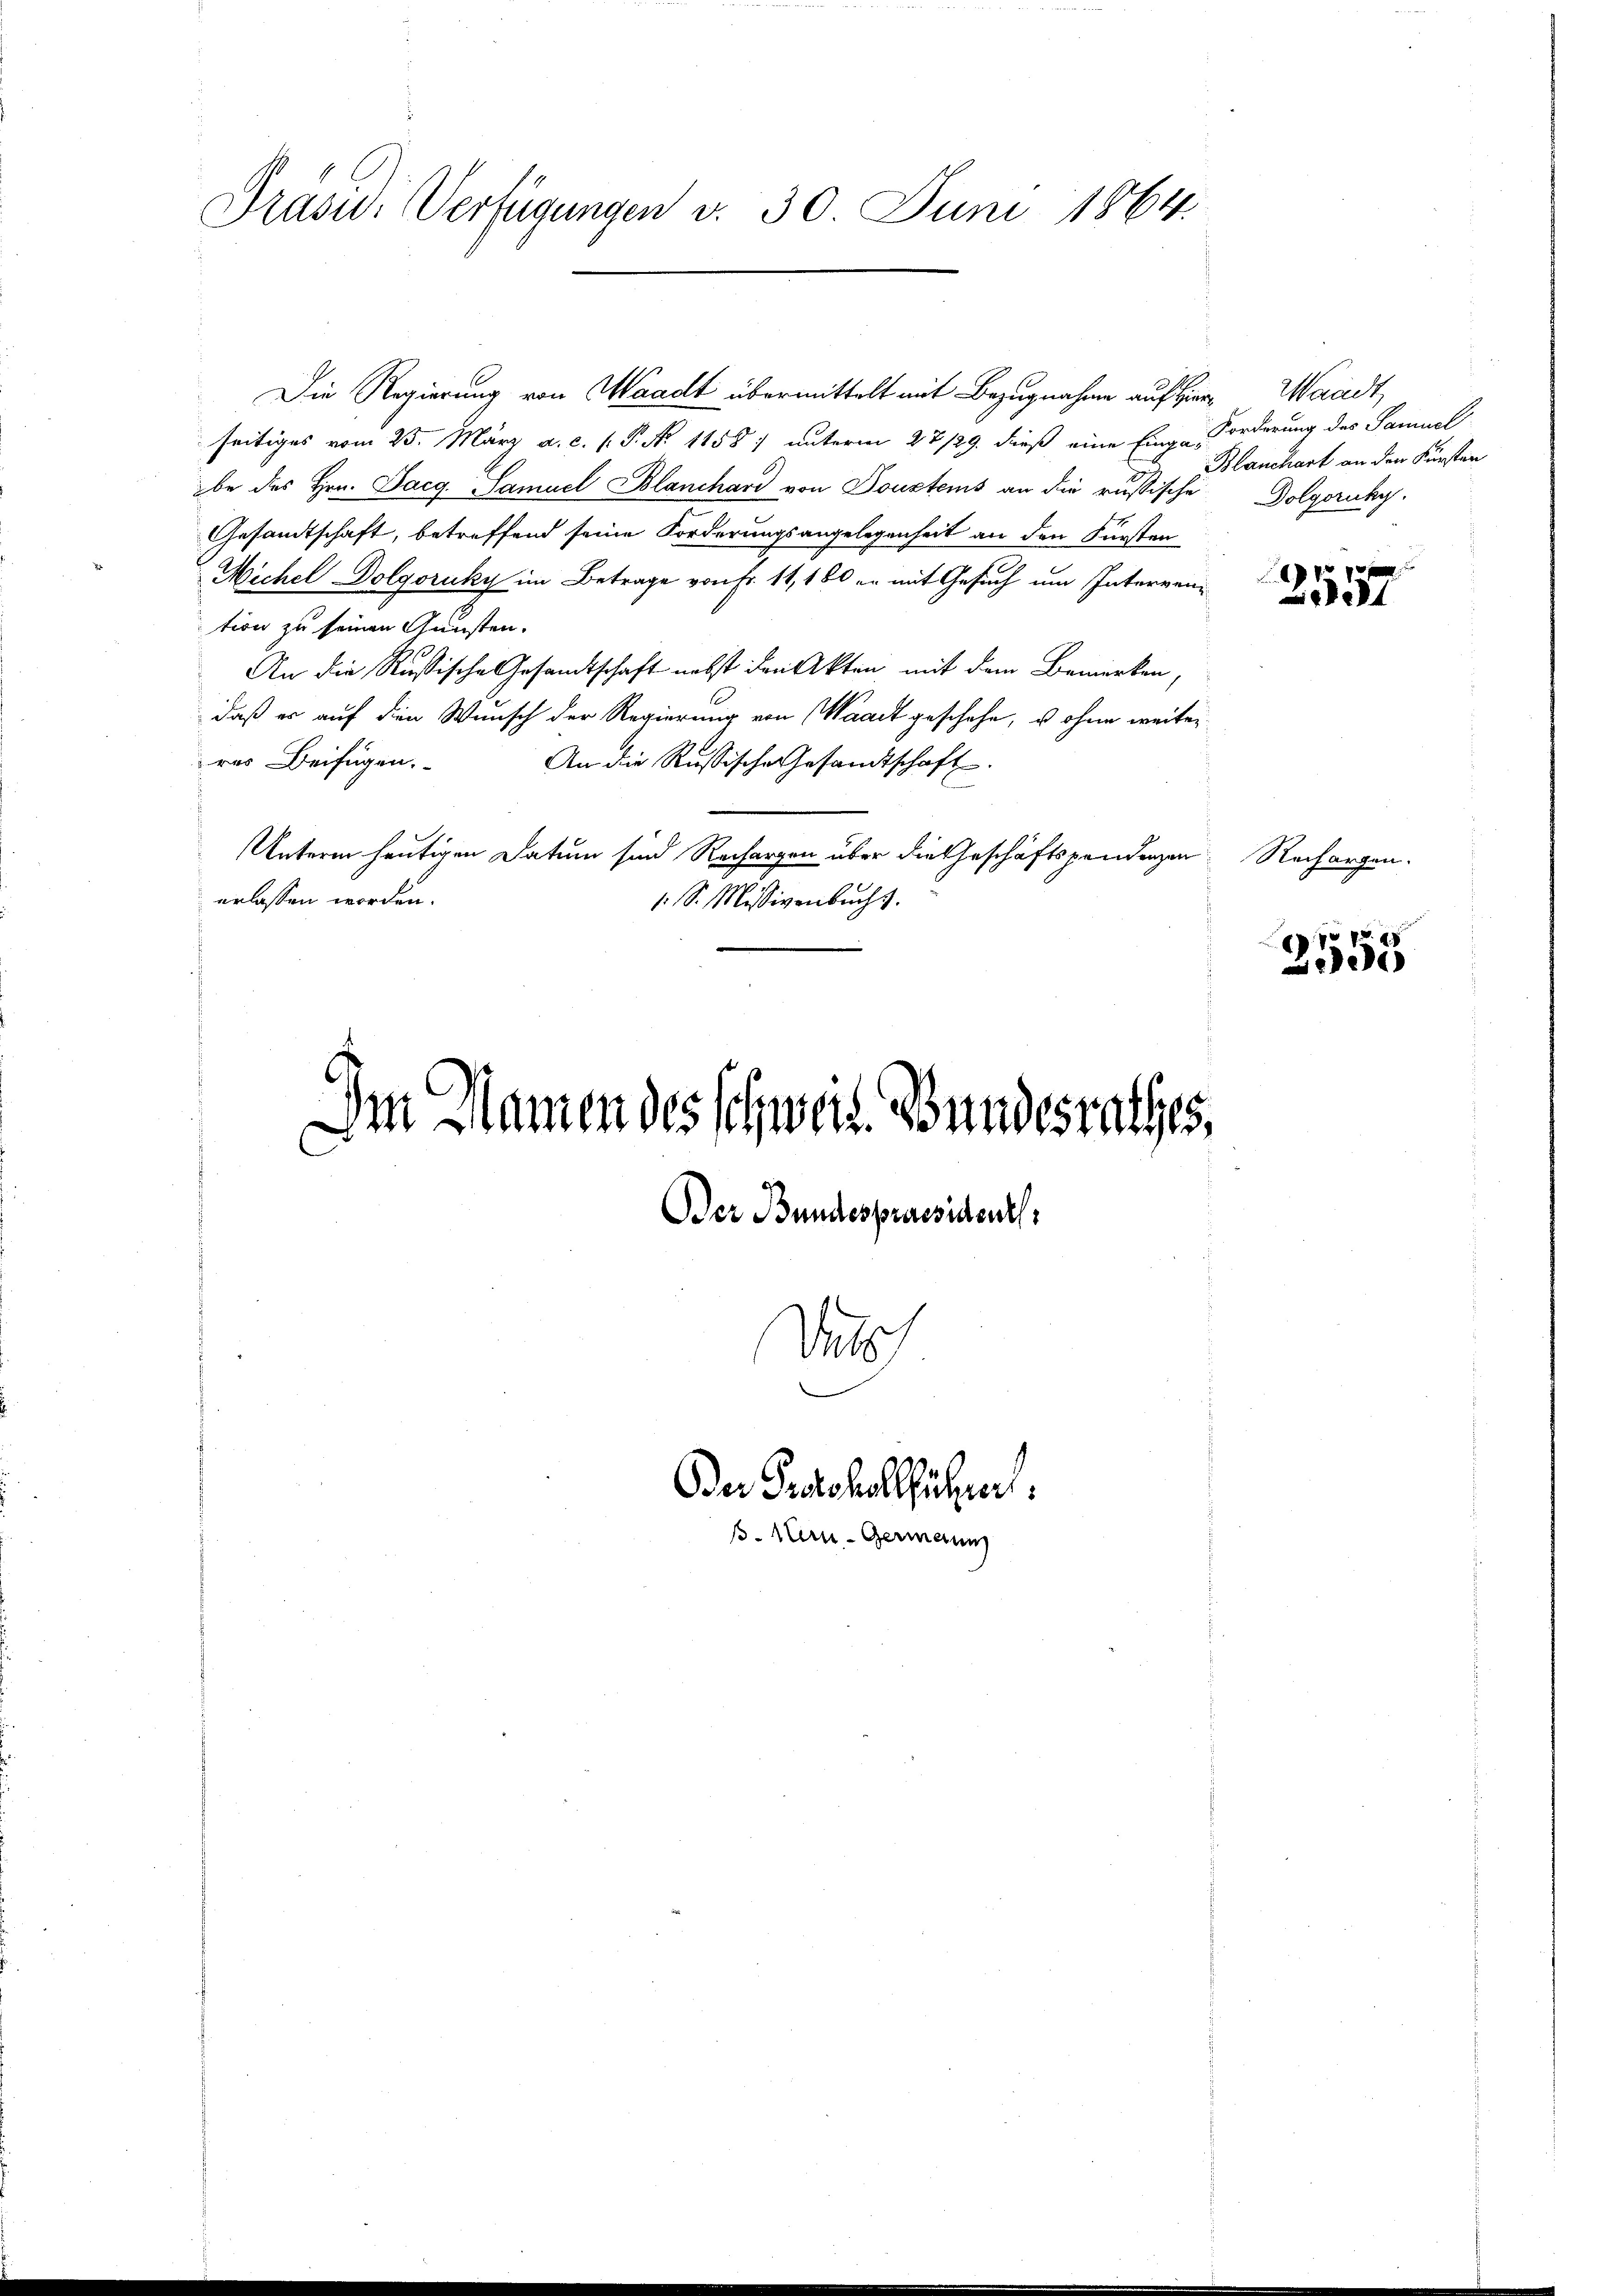
Präsid.. Verfügungen v. 30 Juni 1864.

Im Namen des Schweiz. Bundesrathes,
Der Bundespraesidentl

Die Regierung von Waadt übermittelt mit Bezugnahme auf Hier Waadt,
seitiges vom 23. März a. c. s. P. No 1158) unterm 27/29. dieß eine Einge Forderung des Samuel
be des Hrn. Darg. Samuel Blanchard von Toustems an die russische Dolgoruky.
Gesandtschaft, betreffend seine Forderungsangelegenheit an den Fürsten
Michel Dolgoruky im Betrage von Fr. 11, 160 er mit Gesuch um Interrention zu seinen Gunsten.
An die Russische Gesandtschaft nebst den Akten mit dem Bemerken,
daß er auf dien Wunsch der Regierung von Waadt geschehe, u ohne weiter
res Beifügen.
An die Russische Gesandtschaft.
Unterm heutigen Datum sind Rechargen über die Geschäftspendenzen
erlassen worden.
1: S. Missivenbuchs.

U
Der Protokollfühnert.
B. Mir - Germann

Blanchart an den Fürsten

f 10 x
Liebe

Rechargen.

3555